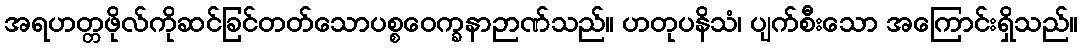
အရဟတ္တဖိုလ်ကိုဆင်ခြင်တတ်သောပစ္စဝေက္ခနာဉာဏ်သည်။ ဟတုပနိသံ၊ ပျက်စီးသော အကြောင်းရှိသည်။